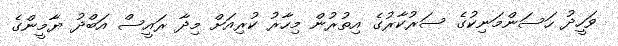
ވަހީދު ހަސަންމަނިކުގެ ސަރުކާރުގެ އިތުރުން މިހާރު ކުރިއަށް މިދާ ރައީސް އަބްދު ޔާމީންގެ